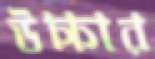
উচ্চার